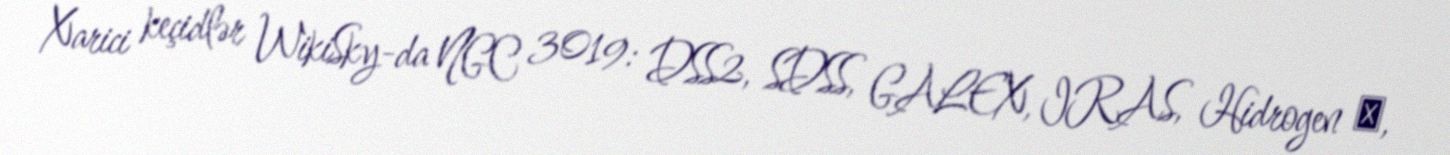
Xarici keçidlər WikiSky-da NGC 3019: DSS2, SDSS, GALEX, IRAS, Hidrogen α,